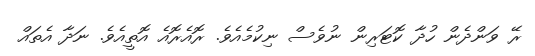
ރޭ ވަންދެން ހުދާ ކޮޓަރިން ނުވެސް ނިކުމެއެވެ. ރޮއެރޮއެ އޮތީއެވެ. ނަދާ އެތައް